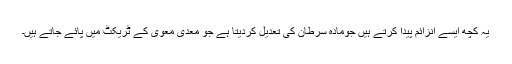
یہ کچھ ایسے انزائم پیدا کرتے ہیں جومادہ سرطان کی تعدیل کردیتا ہے جو معدی معوی کے ٹریکٹ میں پائے جاتے ہیں۔